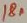
Text: 18n